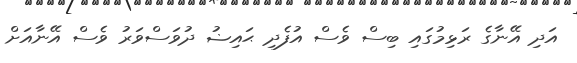
އަދި އޭނާގެ ރަޅިމުގަައި ބިސް ވެސް އުފެދި ޙައިޟު ދުވަސްވަރު ވެސް އޭނާއަށް